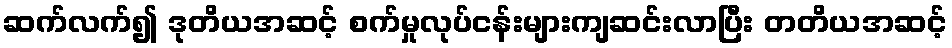
ဆက်လက်၍ ဒုတိယအဆင့် စက်မှုလုပ်ငန်းများကျဆင်းလာပြီး တတိယအဆင့်